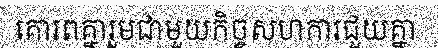
គោរពគ្នារួមជាមួយកិច្ចសហការជួយគ្នា